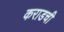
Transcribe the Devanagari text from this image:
कराडची